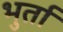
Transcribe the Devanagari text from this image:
भुर्ता